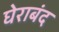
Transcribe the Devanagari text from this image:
घेराबंद